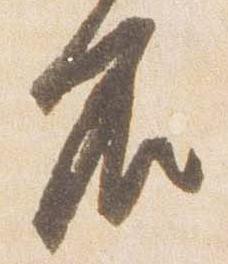
名